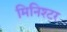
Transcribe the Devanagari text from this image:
मिनिश्टर